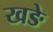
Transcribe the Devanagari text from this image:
खङे